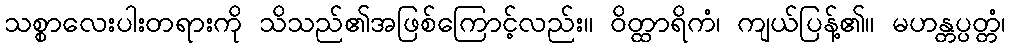
သစ္စာလေးပါးတရားကို သိသည်၏အဖြစ်ကြောင့်လည်း။ ဝိတ္ထာရိကံ၊ ကျယ်ပြန့်၏။ မဟန္တပ္ပတ္တံ၊